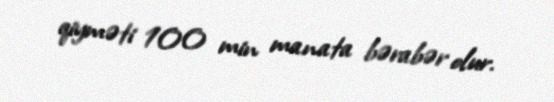
qiyməti 100 min manata bərabər olur.